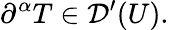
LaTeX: \partial^{\alpha}T\in{\mathcal{D}}^{\prime}(U).